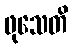
ဖုသေတိ